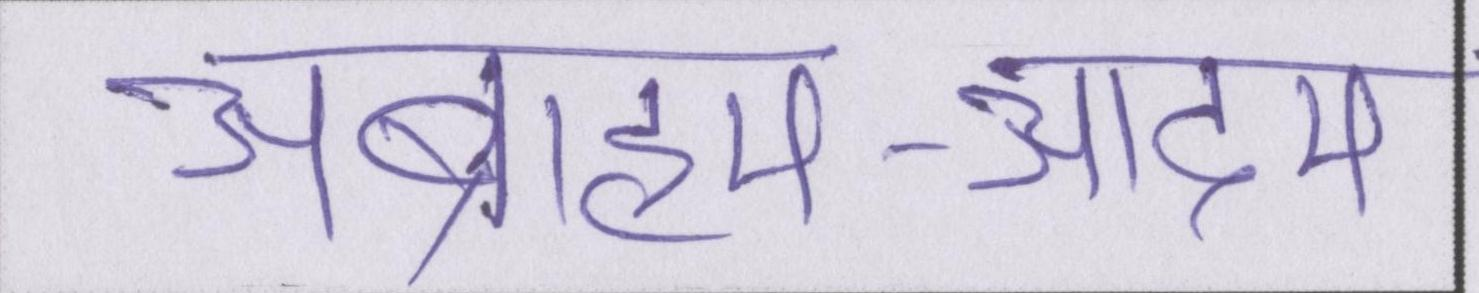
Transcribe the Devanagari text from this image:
अब्राहम-आदम